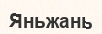
Яньжань